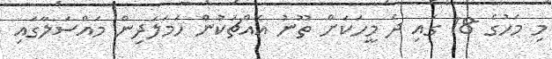
މި މަހުގެ 18 ގައި ދެ މީހަކަށް ތޫނު އެއްޗަކުން ހަމަލަދިން މައްސަލާގައި